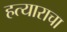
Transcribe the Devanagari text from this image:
हत्याराचा